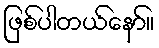
ဖြစ်ပါတယ်နော်။